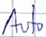
Text: Auto